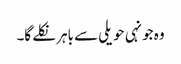
وہ جونہی حویلی سے باہر نکلے گا۔